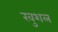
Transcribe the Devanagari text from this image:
खुशल